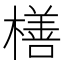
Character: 橏